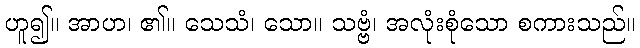
ဟူ၍။ အာဟ၊ ၏။ သေသံ၊ သော။ သဗ္ဗံ၊ အလုံးစုံသော စကားသည်။